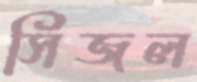
সিজল